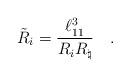
LaTeX: \begin{align*}{\tilde{R}}_i = {\frac{\ell_{11}^3}{R_iR_\natural}} \quad .\end{align*}